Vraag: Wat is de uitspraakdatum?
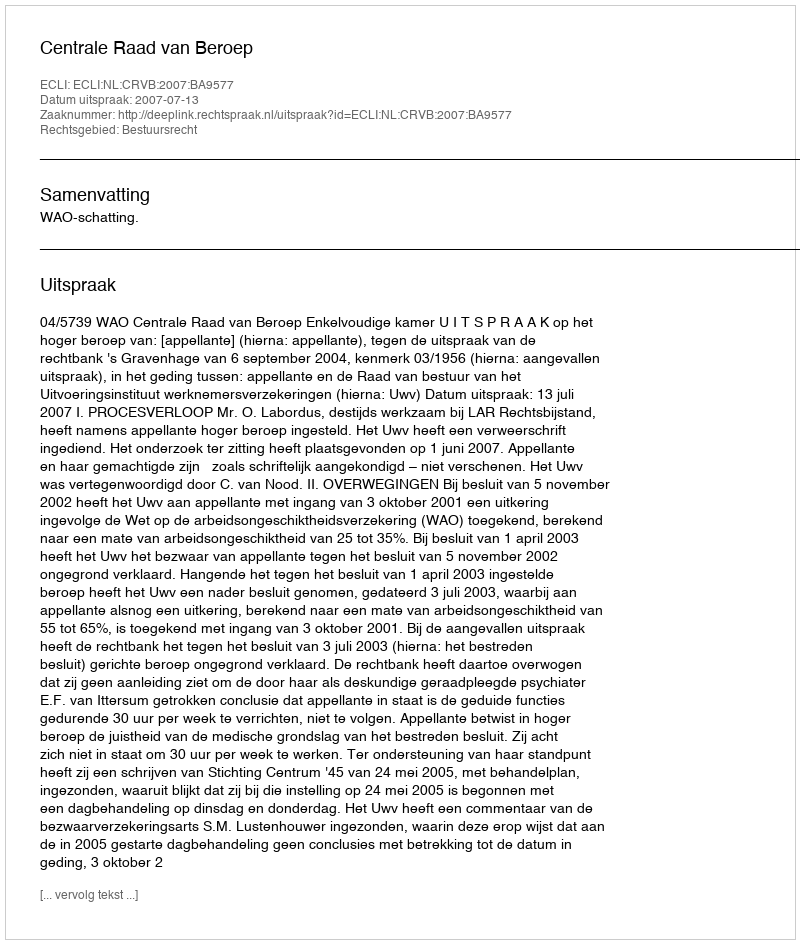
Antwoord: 2007-07-13